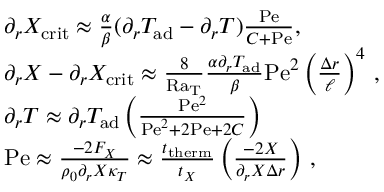
\begin{array} { r l } & { \partial _ { r } X _ { \mathrm { c r i t } } \approx { \frac { \alpha } { \beta } } ( \partial _ { r } T _ { \mathrm { a d } } - \partial _ { r } T ) { \frac { \mathrm { P e } } { C + \mathrm { P e } } } , } \\ & { \partial _ { r } X - \partial _ { r } X _ { \mathrm { c r i t } } \approx \frac { 8 } { \mathrm { R a _ { T } } } \frac { \alpha \partial _ { r } T _ { \mathrm { a d } } } { \beta } \mathrm { P e } ^ { 2 } \left( \frac { \Delta r } { \ell } \right) ^ { 4 } \, , } \\ & { \partial _ { r } T \approx \partial _ { r } T _ { \mathrm { a d } } \left( \frac { \mathrm { P e } ^ { 2 } } { \mathrm { P e } ^ { 2 } + 2 \mathrm { P e } + 2 C } \right) \, } \\ & { \mathrm { P e } \approx \frac { - 2 F _ { X } } { \rho _ { 0 } \partial _ { r } X \kappa _ { T } } \approx \frac { t _ { \mathrm { t h e r m } } } { t _ { X } } \left( \frac { - 2 X } { \partial _ { r } X \Delta r } \right) \, , } \end{array}